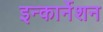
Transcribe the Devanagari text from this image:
इन्कार्नेशन